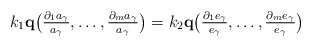
\begin{align*}k_1\mathbf{q}\bigl(\tfrac{\partial_1a_\gamma}{a_\gamma},\dots,\tfrac{\partial_ma_\gamma}{a_\gamma}\bigr)=k_2\mathbf{q}\bigl(\tfrac{\partial_1e_\gamma}{e_\gamma},\dots,\tfrac{\partial_me_\gamma}{e_\gamma}\bigr)\end{align*}